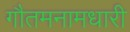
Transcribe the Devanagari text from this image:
गौतमनामधारी